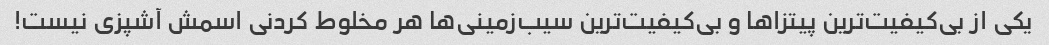
یکی از بی‌کیفیت‌ترین پیتزاها و بی‌کیفیت‌ترین سیب‌زمینی‌ها هر مخلوط کردنی اسمش آشپزی نیست!